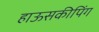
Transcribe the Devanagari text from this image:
हाऊसकीपिंग